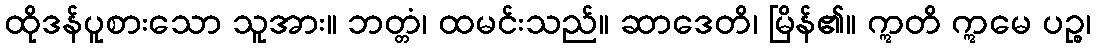
ထိုဒန်ပူစားသော သူအား။ ဘတ္တံ၊ ထမင်းသည်။ ဆာဒေတိ၊ မြိန်၏။ ဣတိ ဣမေ ပဉ္စ၊